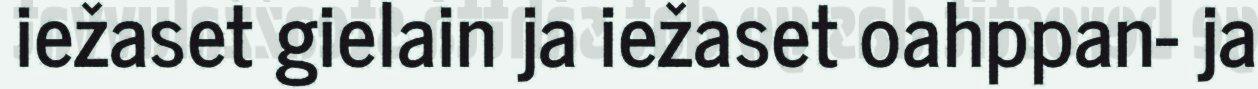
iežaset gielain ja iežaset oahppan- ja